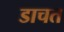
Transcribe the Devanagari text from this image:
डाचत